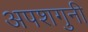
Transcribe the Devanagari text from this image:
अपशगुनी